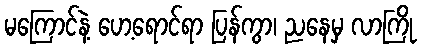
မကြောင်နဲ့ ဟေ့ရောင်ရာ ပြန်ကွာ၊ ညနေမှ လာကြို